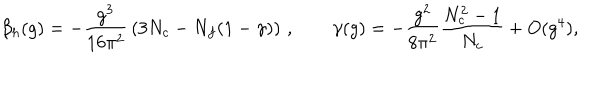
LaTeX: { \beta _ { h } } ( g ) = - { \frac { g ^ { 3 } } { 1 6 \pi ^ { 2 } } } \left( 3 N _ { c } - N _ { f } ( 1 - \gamma ) \right) \, , \qquad \gamma ( g ) = - { \frac { g ^ { 2 } } { 8 \pi ^ { 2 } } } { \frac { N _ { c } ^ { 2 } - 1 } { N _ { c } } } + O ( g ^ { 4 } ) ,